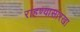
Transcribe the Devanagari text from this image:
राहण्यासारखा